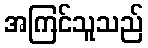
အကြင်သူသည်